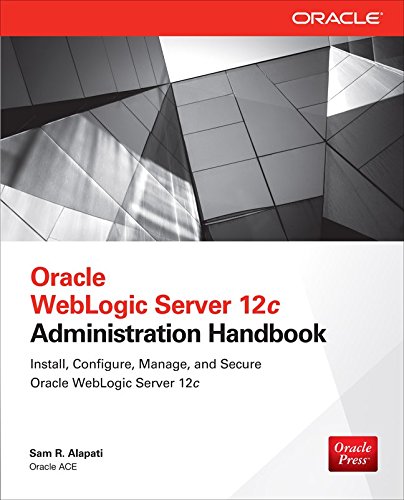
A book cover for Oracle WebLogic Server 12c Administration Handbook; Sam R. Alapati; Computers & Technology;